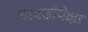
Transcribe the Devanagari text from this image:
चावडीपेक्षा